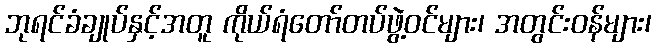
ဘုရင်ခံချုပ်နှင့်အတူ ကိုယ်ရံတော်တပ်ဖွဲ့ဝင်များ၊ အတွင်းဝန်များ၊